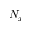
N _ { x }